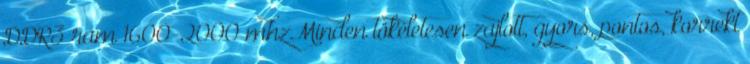
DDR3 ram 1600-2000 mhzMinden tökéletesen zajlott, gyors, pontos, korrekt